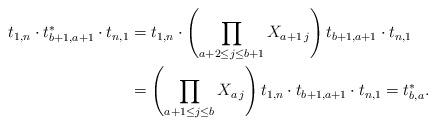
LaTeX: \begin{align*}t_{1,n}\cdot t_{b+1,a+1}^*\cdot t_{n,1}&=t_{1,n}\cdot \left( \prod_{a+2 \le j \le b+1} X_{a+1\,j}\right) t_{b+1,a+1}\cdot t_{n,1}\\&=\left( \prod_{a+1 \le j \le b} X_{a\,j}\right) t_{1,n}\cdot t_{b+1,a+1}\cdot t_{n,1} = t_{b,a}^*.\end{align*}